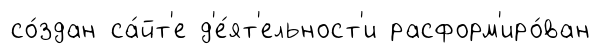
со́здан са́йт'е д'е́ят'ельност'и расформ'иро́ван